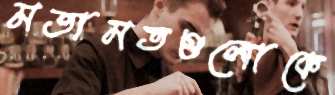
মতামতগুলোকে